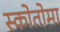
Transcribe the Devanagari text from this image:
स्कोतोमा